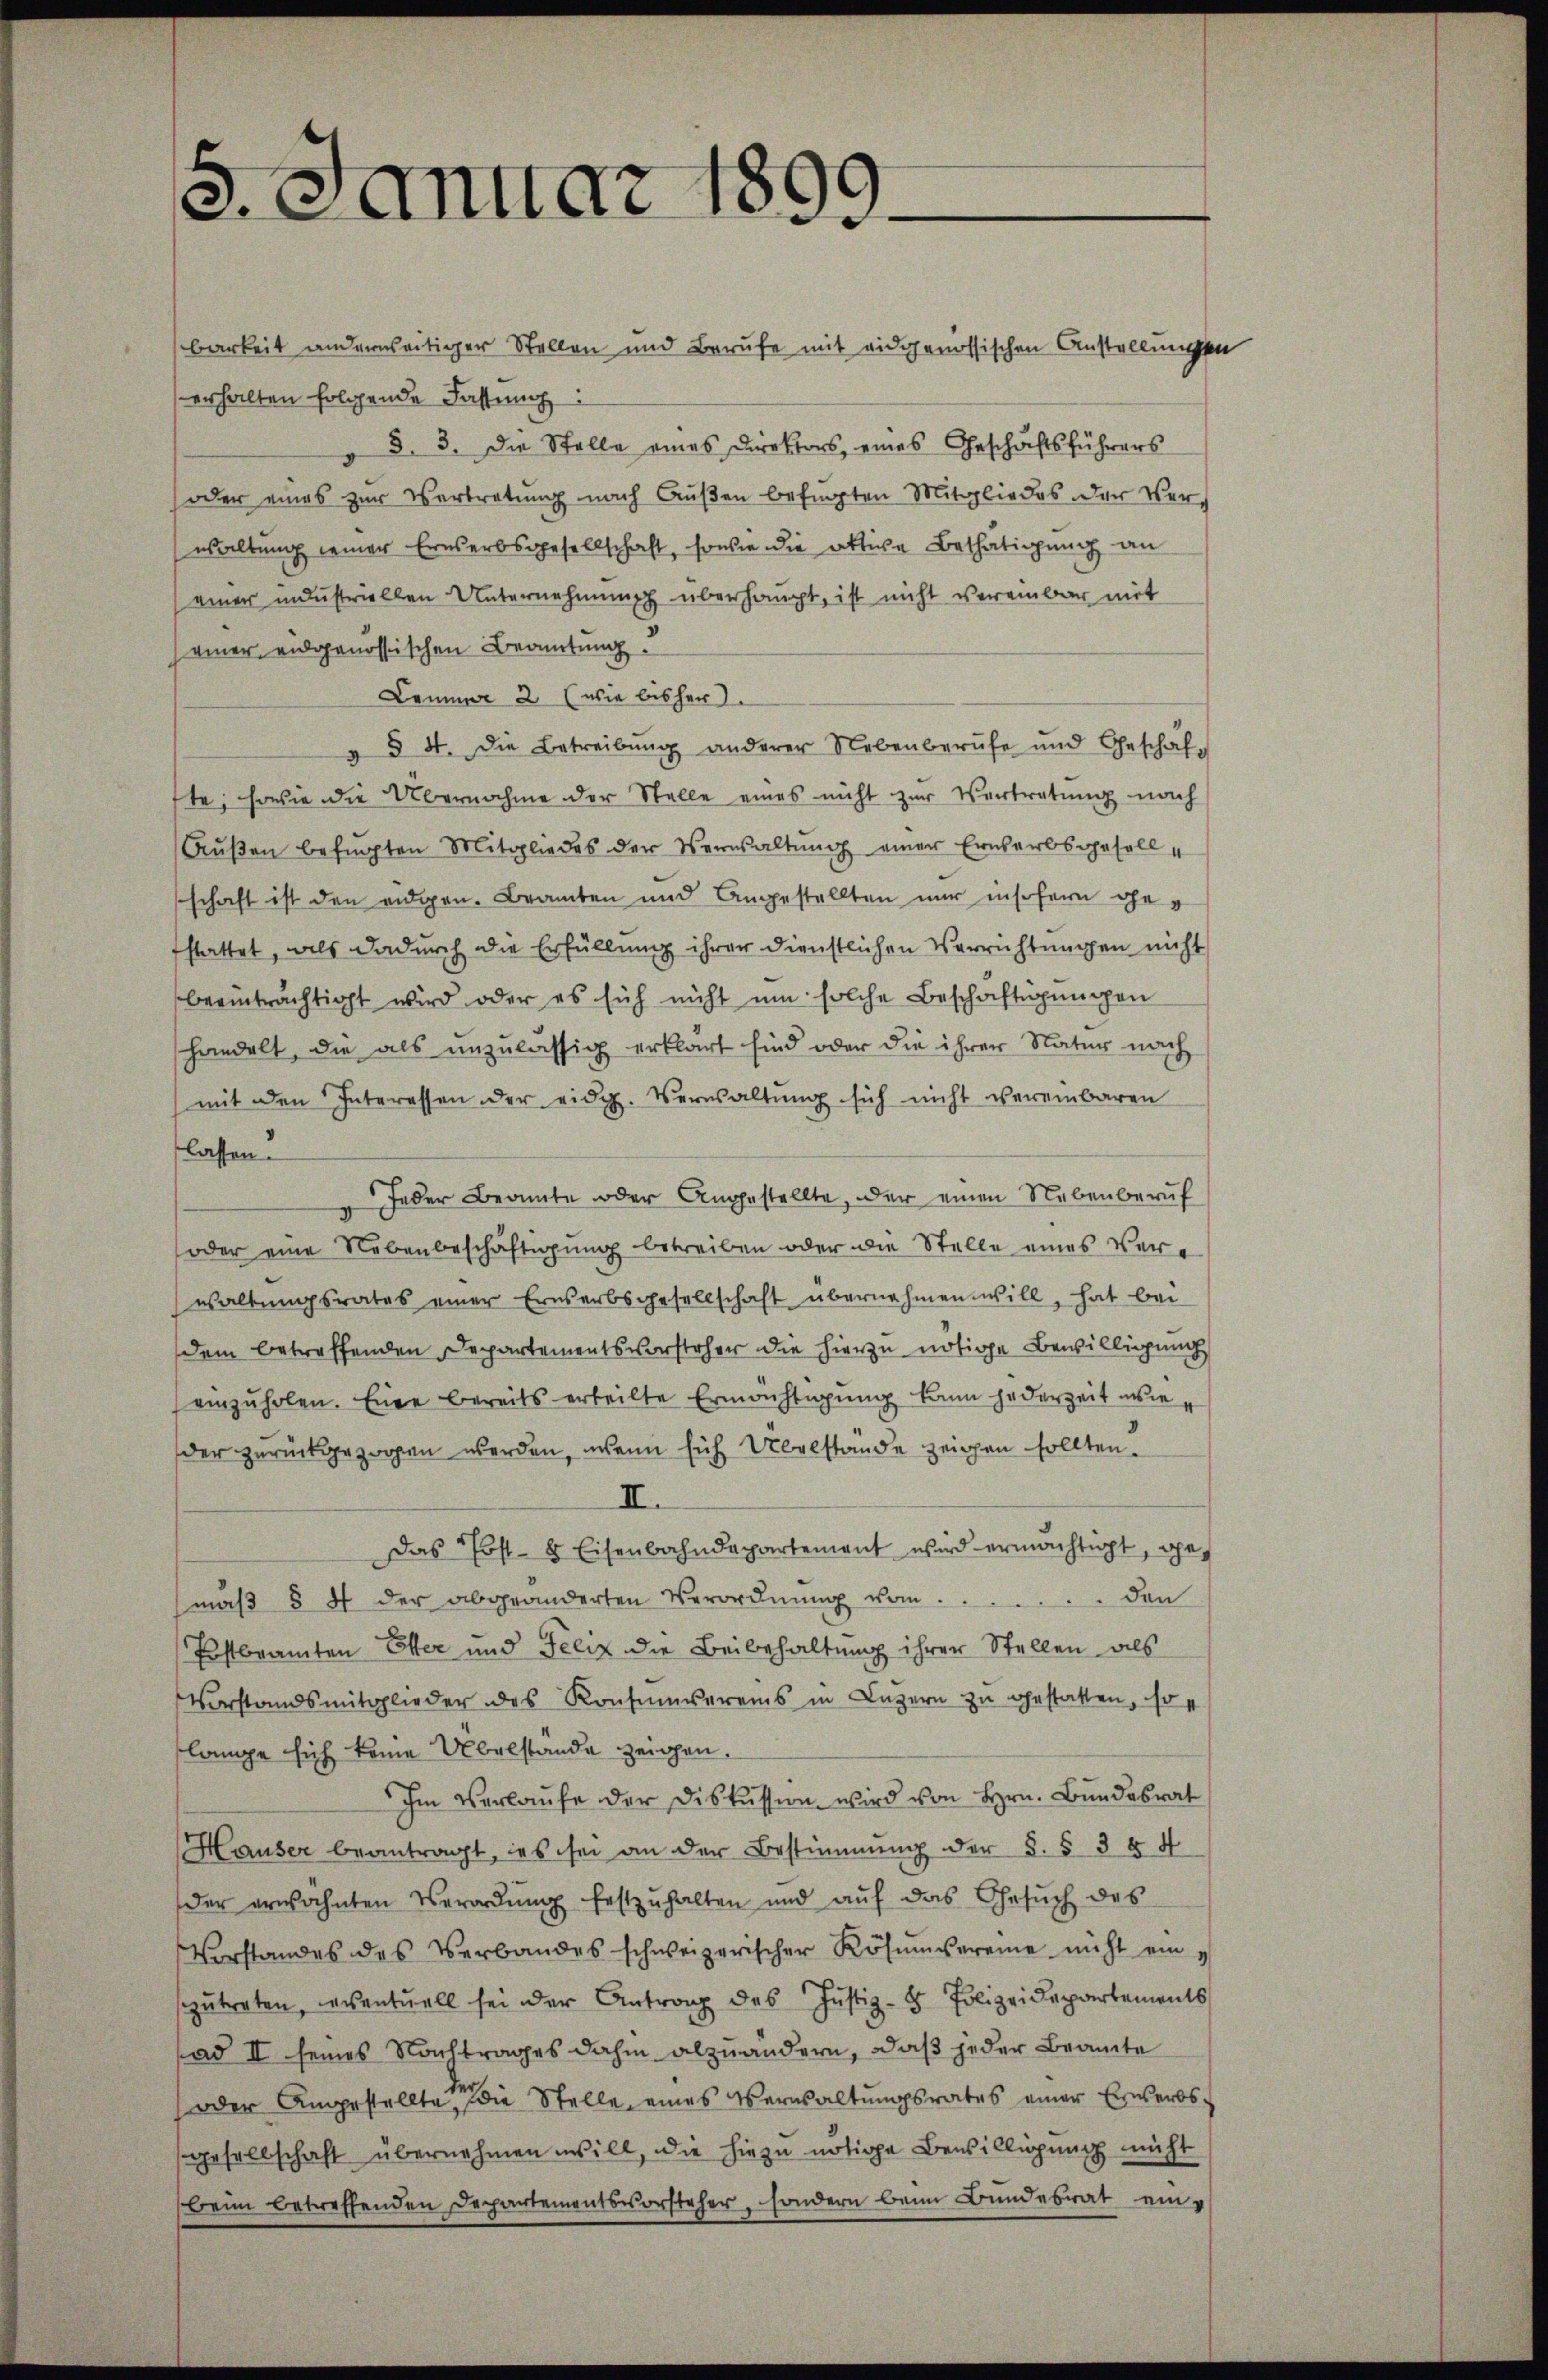
¬
8. Januar 180
.
.

barkeit anderweitiger Stellen und Berufe mit eidgenössischen Anstellungen
erhalten folgende Fassung
§. 3. die Stelle eines Direktors, eines Geschäftsführers
oder eines zur Vertretung nach Außen befugten Mitgliedes der Verwaltung einer Erwerbsgesellschaft, sowie die aktive Bethätigung an
einer industriellen Unternehmung überhaupt, ist nicht vereinbar mit
(einer eidgenössischen Beamtung
Lemmer 2 (wie bisher
§ 4. Die Betreibŭng anderer Nebenberufe und Geschäf-
te; sowie die Übernahme der Stelle eines nicht zur Vertretung nach
Aŭβen befŭgten Mitgliedes der Verwaltŭng einer Erwerbsgesellschaft ist den eidgen. Bramben und Angestellten nur insofern gestattet, als dadurch die Erfüllung ihrer dienstlichen Verrichtungen nicht
beeinträchtigt wird, oder es sich nicht um solche Beschäftigungen
handelt, die als unzulässig erklärt sind oder die ihrer Natur nach
mit den Interessen der eidg. Verwaltung sich nicht vereinbaren
flassen.
Jeder Beamte oder Angestellte, oder einen Nebenberuf
oder eine Nebenbeschäftigung betreiben oder die Stelle eines Verwaltungsrates einer Ernserbsgesellschaft übernehmen will, hat bei
dem betreffenden Departementsvorsteher die hierzu nötige Bewilligung
einzuholen. Eine bereits erteilte Ermächtigung kann jederzeit wie
der zurückgezogen werden, wenn sich Übelstande zeigen sollten.
II.
Das Post- 8 Eisenbahndepartement wird ermächtigt, geden
mäβ § 4 der abgeänderten Verordnŭng vom
Postbramten Elter und Felix die Beibehaltung ihrer Stellen als
Vorstandsmitglieder des Konsumvereins in Luzern zu gestatten, so
slange sich keine Übelstande zeigen,
ihm Verlaŭfe der Diskussion wird von Hrn. Bundesrat
e
Hauser beantragt, ins sei an der Bestimmung der §. § 354
der erwähnten Verordnung festzŭhalten und aŭf das Gesŭch des
Vorstandes des Verbandes schweizerischer Kösumvereine nicht ein
zŭtreten, eventuell sei der Antrag des Justiz-8 Polizeidepartements
ad II seines Nachtrages dahin abzuändern, daß jeder Beamte
(oder Angestellte, die Stelle eines Verwaltungsrates einer Erwerbsgesellschaft übernehmen will, die hiezu nötige Bewilligung nicht
Beim betreffenden Departementsvorsteher, sondern beim Bundesrat ein¬